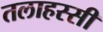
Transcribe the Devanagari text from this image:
तलाहस्सी